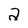
Character: 2